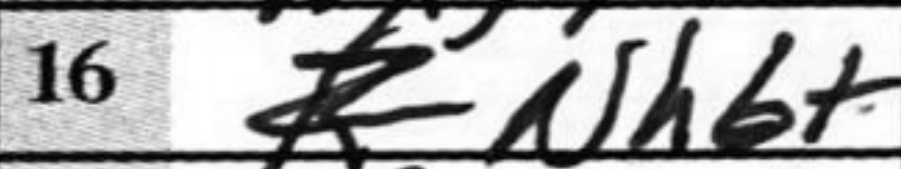
Transcription: Nh6+